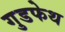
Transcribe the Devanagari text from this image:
गुडफेथ